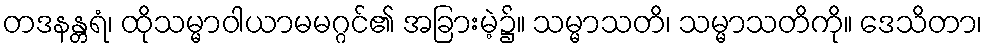
တဒနန္တရံ၊ ထိုသမ္မာဝါယာမမဂ္ဂင်၏ အခြားမဲ့၌။ သမ္မာသတိ၊ သမ္မာသတိကို။ ဒေသိတာ၊